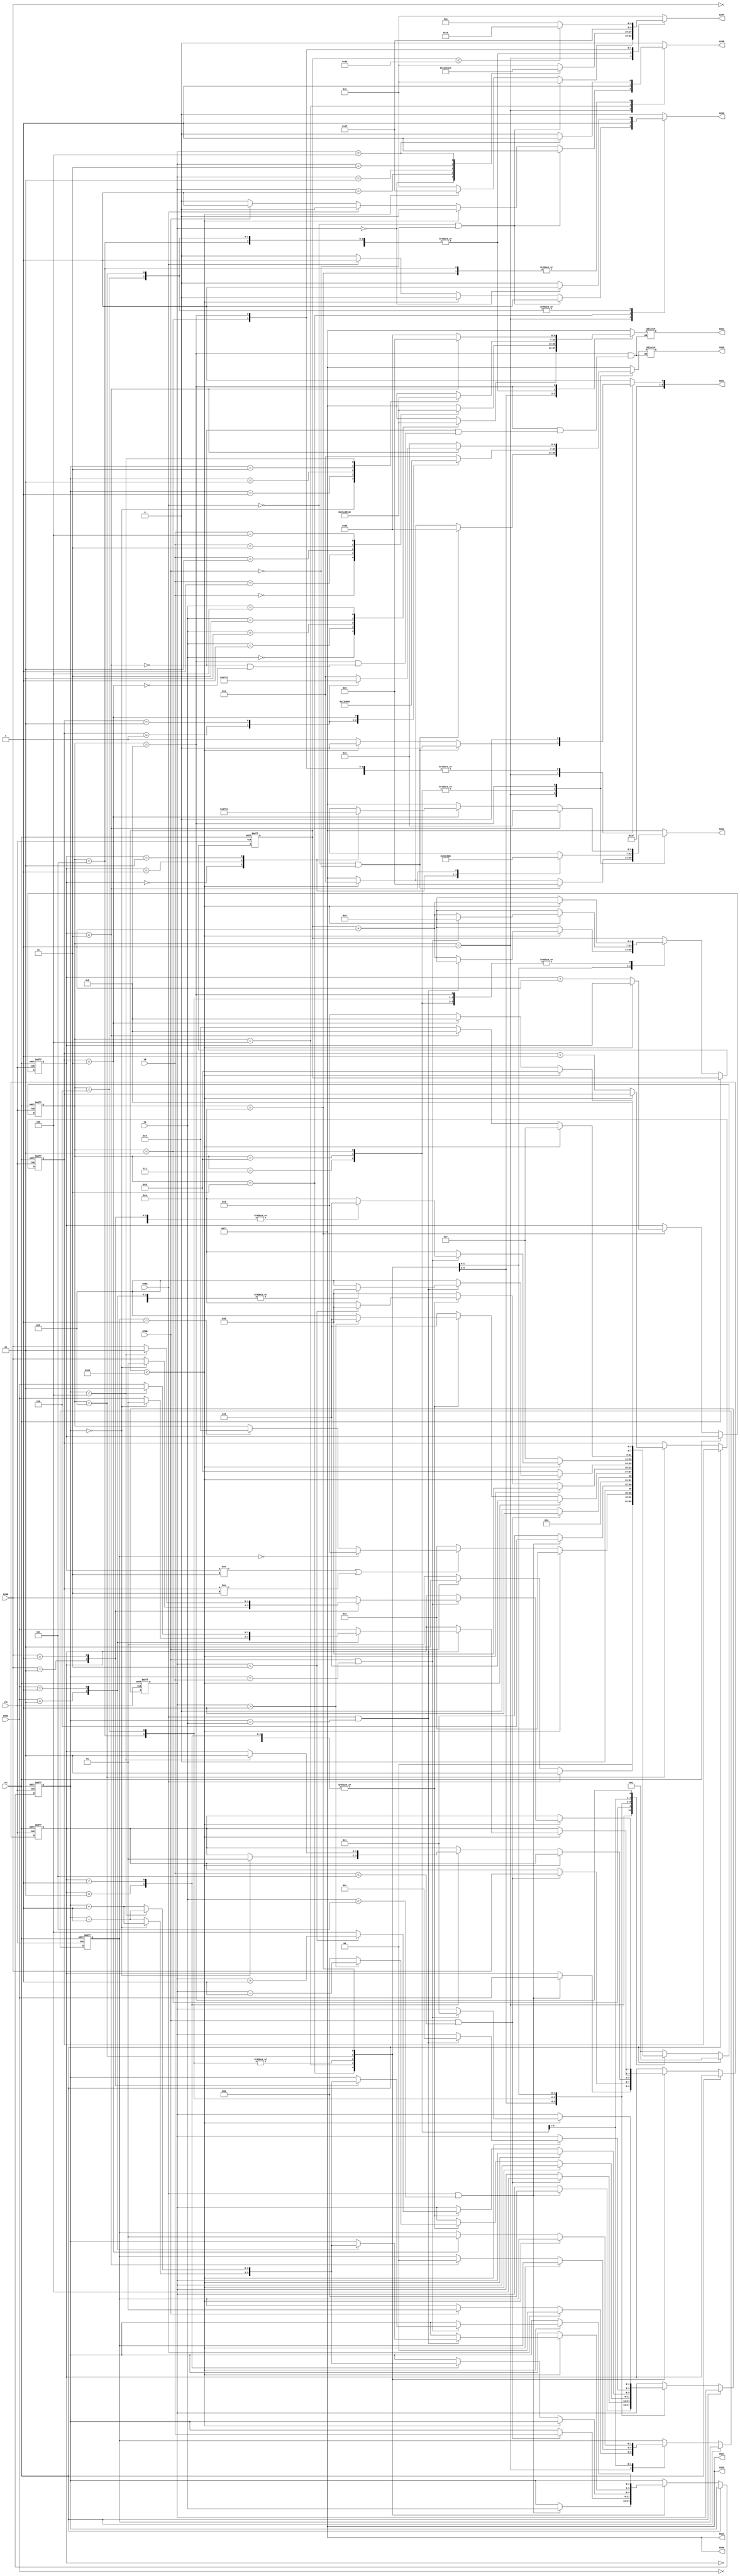
module hockey(

    input clk,
    input rst,
    
    input BTNA,
    input BTNB,
    
    input [1:0] DIRA,
    input [1:0] DIRB,
    
    input [2:0] YA,
    input [2:0] YB,
   
    output reg LEDA,
    output reg LEDB,
    output reg [4:0] LEDX,
    
    output reg [6:0] SSD7,
    output reg [6:0] SSD6,
    output reg [6:0] SSD5,
    output reg [6:0] SSD4, 
    output reg [6:0] SSD3,
    output reg [6:0] SSD2,
    output reg [6:0] SSD1,
    output reg [6:0] SSD0   
    
    );
    
    reg[3:0] state;
    reg[1:0] score_A, score_B;
    //reg[2:0] display_A, display_B;
    reg[1:0] dirY;
    // Other internal signals and variables
    reg [1:0] turn;  // 0: Player A's turn, 1: Player B's turn
    reg [6:0] timer;
    reg [2:0] X_COORD, Y_COORD;


    parameter IDLE_STATE = 4'b0001;
    parameter DISPLAY_SCORE = 4'b0010;
    parameter HIT_A = 4'b0011;
    parameter HIT_B = 4'b0100;
    parameter SEND_A = 4'b0101;
    parameter SEND_B = 4'b0110;
    parameter GOAL_A = 4'b0111;
    parameter GOAL_B = 4'b1000;
    parameter RESP_A = 4'b1001;
    parameter RESP_B = 4'b1010;
    parameter END_STATE = 4'b1011;

    // you may use additional always blocks or drive SSDs and LEDs in one always block
    // for state machine and memory elements 
    always @(posedge clk or posedge rst)
    begin
        
            if (rst)
            begin
              state <= IDLE_STATE;
              turn <= 0;
              timer <= 7'b0000000;
              X_COORD <= 3'b000;
              Y_COORD <= 3'b000;
              score_A <= 2'b00;
              score_B <= 2'b00;
              dirY <= 2'b00;
            end
            else begin
            if (rst) begin
                // Initialization code goes here
                state <= IDLE_STATE;
            end else begin
                // State transition logic goes here
                case (state)
                    IDLE_STATE: begin
                        // Handle idle state actions
                        // Check for button presses and transition to respective player's turn
                        if (BTNA) begin
                            turn <= 0;
                            state <= DISPLAY_SCORE;
                           
                        end else if (BTNB) begin
                            turn = 1;
                            state <= DISPLAY_SCORE;
                           
                        end else begin
                            // Stay in idle state
                            state <= IDLE_STATE;
                        end
        
                    end
        
           
        
                    DISPLAY_SCORE: begin
                      if(timer < 100) begin 
                        timer <= timer + 1;
                        state <= DISPLAY_SCORE;
                      end else begin
                        timer <= 7'b0000000;
                        if(score_A != 3 || score_B != 3) begin
                          if (turn == 0 ) begin
                            state <= HIT_A;
                          end else if (turn == 1) begin 
                            state <= HIT_B;
                        end
                        end else begin
                          state <= DISPLAY_SCORE;
                        end
                      end
                    end
            
        
                    HIT_A: begin
                      if (BTNA && YA < 3'b101) begin
                        // Set puck coordinates and direction
                        X_COORD <= 3'b000;
                        Y_COORD <= YA;
                        dirY <= DIRA;  // Direction is from player A to B
                        state <= SEND_B;  // Transition back to idle state
                        
                      end else begin
                        // Transition back to player A's turn if conditions are not met
                        state <= HIT_A;
                      end
                    end
        
                    HIT_B: begin
                      if (BTNB && YB < 5) begin
                       
                        // Set puck coordinates and direction
                        X_COORD <= 3'b100;
                        Y_COORD <= YB;
                        dirY <= DIRB;  // Direction is from player B to A
                        state <= SEND_A;  // Transition back to idle state
                    end else begin
                        // Transition back to player B's turn if conditions are not met
                        state <= HIT_B;
                        end
                    end
              
                    SEND_A: begin
                        if (timer < 100) begin
                            timer <= timer + 1;
                            state <= SEND_A;
                        end else begin
                          timer <= 7'b0000000;
                            case (dirY)
                              2'b10: begin
                              if (Y_COORD == 0) begin
                                dirY <= 2'b01;
                                Y_COORD <= Y_COORD + 1;
                                if (X_COORD > 1) begin
                                  X_COORD <= X_COORD - 1;
                                  state <= SEND_A;
                                end else begin
                                  X_COORD <= 3'b000;
                                  state <= RESP_A;
                                end
                              end else begin
                                Y_COORD <= Y_COORD - 1;
                                
                                if (X_COORD > 1) begin
                                  X_COORD <= X_COORD - 1;
                                  state <= SEND_A;
                                end else begin
                                  X_COORD <= 3'b000;
                                 
                                  state <= RESP_A;
                                end
                                end
                              end
                              2'b01: begin
                                if (Y_COORD == 4) begin
                                  dirY <= 2'b10;
                                  
                                  Y_COORD <= Y_COORD - 1;
                                  if (X_COORD > 1) begin
                                    
                                    X_COORD <= X_COORD - 1;
                                    state <= SEND_A;
                                  end else begin
                                    X_COORD <= 3'b000;
                                    state <= RESP_A;
                                  end
                              end else begin
                                Y_COORD <= Y_COORD + 1;
                                
                                if (X_COORD > 1) begin
                                  
                                  X_COORD <= X_COORD - 1;
                                  state <= SEND_A;
                                end else begin
                                  X_COORD <= 3'b000;
                                  
                                  state <= RESP_A;
                                end
                                end
                              end
                              2'b00: begin
                              if (X_COORD > 1) begin
                                X_COORD <= X_COORD - 1;
                                state <= SEND_A;
                              end else begin
                                X_COORD <= 3'b000;
                                
                                state <= RESP_A;
                              end
                            end
                            default: 
                            state <= SEND_A;
                            endcase
                        end
                    end
        
                    SEND_B : begin
                      
                        if (timer < 100) begin
                            timer <= timer + 1;
                            state <= SEND_B;
                        end else begin
                          timer <= 7'b0000000;
                            case (dirY)
                            2'b10: begin
                              if (Y_COORD == 0) begin
                                dirY <= 2'b01;
                                Y_COORD <= Y_COORD + 1;
                                if(X_COORD < 3) begin
                                  X_COORD <= X_COORD + 1;
                                  state <= SEND_B;
                                end else begin
                                  X_COORD <= 3'b100;
                                  state <= RESP_B;
                              end 
                            end else begin
                                Y_COORD <= Y_COORD - 1;
                                if(X_COORD < 3) begin
                                  X_COORD <= X_COORD + 1;
        
                                  state <= SEND_B;
                                end else begin
                                  X_COORD <= 3'b100;
                                  state <= RESP_B;
                              end
                            end
                          end
                            2'b01: begin
                              if (Y_COORD == 4) begin
                                dirY <= 2'b10;
                                Y_COORD <= Y_COORD - 1;
                                if(X_COORD < 3) begin
                                  X_COORD <= X_COORD + 1;
                                  state <= SEND_B;
                                end else begin
                                  X_COORD <= 3'b100;
                                  state <= RESP_B;
                              end 
                            end else begin
                                Y_COORD <= Y_COORD + 1;
                                if(X_COORD < 3) begin
                                  X_COORD <= X_COORD + 1;
                                  state <= SEND_B;
                                end else begin
                                  X_COORD <= 3'b100;
                                  state <= RESP_B;
                              end
                            end
                           end 
                          
                            2'b00: begin
                              if(X_COORD < 3) begin
                                X_COORD <= X_COORD + 1;
                                state <= SEND_B;
                              end else begin
                                X_COORD <= 3'b100;
                                state <= RESP_B;
                              end
                            end
                            default: 
                            state <= SEND_B;
                          endcase  
                        end
                    end
        
        
                    RESP_A: begin
                        if(timer < 100) begin
                            if(BTNA && Y_COORD == YA) begin
                              X_COORD <= 1;
                              timer <= 7'b0000000;
                              case (DIRA)
                                2'b10: begin
                                    if (Y_COORD == 0) begin
                                      dirY <= 2'b01;
                                      Y_COORD <= Y_COORD + 1;
                                      state <= SEND_B;
                                    end else begin
                                        dirY <= DIRA;
                                        Y_COORD <= Y_COORD - 1;
                                        state <= SEND_B;
                                    end
                                  end
                                  2'b01: begin
                                    if (Y_COORD == 4) begin
                                      dirY <= 2'b10;
                                      Y_COORD <= Y_COORD - 1;
                                      state <= SEND_B;
                                    end else begin
                                        dirY <= DIRA;
                                        Y_COORD <= Y_COORD + 1;
                                        state <= SEND_B;
                                    end
                                  end
                                  2'b00: begin
                                    dirY <= DIRA;
                                    state <= SEND_B;
                                  end
                                  default: begin
                                  dirY <= DIRA;
                                  state <= RESP_A;
                                  end
                                  
                                endcase
                            end else begin
                                timer <= timer + 1;
                                state <= RESP_A;
                            end
       
                        end else begin
                            timer <= 7'b0000000;
                            score_B <= score_B + 1;
                            state <= GOAL_B;
                        end 
                    end
        
                    RESP_B: begin
                        if(timer < 100) begin
                            
                            if(BTNB && Y_COORD == YB) begin
                              X_COORD <= 3;
                              timer <= 7'b0000000;
                              
                                case (DIRB)
                                2'b10: begin
                                    if (Y_COORD == 0) begin
                                      dirY <= 2'b01;
                                      Y_COORD <= Y_COORD + 1;
                                      state <= SEND_A;
                                    end else begin
                                      dirY <= DIRB;
                                      Y_COORD <= Y_COORD - 1;
                                      state <= SEND_A;
                                    end
                                  end
                                  2'b01: begin //ycord 3 girliyor
                                    if (Y_COORD == 4) begin
                                      dirY <= 2'b10;
                                      Y_COORD <= Y_COORD - 1;
                                      state <= SEND_A;
                                    end else begin
                                        dirY <= DIRB;
                                        Y_COORD <= Y_COORD + 1;
                                        state <= SEND_A;
                                    end
                                  end
                                  2'b00: begin
                                    dirY <= DIRB;
                                    state <= SEND_A;
                                  end
                                  default: begin
                                  dirY <= DIRB;
                                  state <= RESP_B;
                                  end
                                endcase
                            end else begin
                                timer <= timer + 1;
                                state <= RESP_B;
                            end
        
                        end else begin
                            timer <= 7'b0000000;
                            score_A <= score_A + 1; 
                            state <= GOAL_A;
                        end 
                    end
        
                    GOAL_A: begin 
                      
                        if (timer < 100) begin
                            timer <= timer + 1;
                            state <= GOAL_A;
                        end else begin
                            timer <= 7'b0000000;
                            if(score_A == 3) begin
                                turn <= 0;
                                state <= END_STATE;
                            end else begin
                                state <= HIT_B;
                            end
        
                        end
                    end
        
                    GOAL_B: begin
                        if (timer < 100) begin
                            timer <= timer + 1;
                            state <= GOAL_B;
                        end else begin
                            timer <= 7'b0000000;
                            if(score_B == 3) begin
                                turn <= 1;
                                state <= END_STATE;
                            end else begin
                                state <= HIT_A;
                            end
        
                        end
                    end
                    END_STATE: begin
                       
                        if (timer < 100)begin
                            timer <= timer + 1;
                        end
    
    
                        else begin
                            timer = 0;
                        end
    
                        state <= END_STATE;
                    end
    
                    default:
                    begin
                        state <= IDLE_STATE;
                    end
                endcase
              end
            end
          end
    


    // for SSDs
    always @ (*)
   begin
        
        case(state)
        IDLE_STATE: begin // en bastaki 0-0  sonra da onu silip y coord displayleme 
            
            //SSD0 = 7'b1111111;//B
            //SSD1 = 7'b1111111;//dash
            //SSD2 = 7'b1111111;//A
            SSD3 = 7'b1111111;
            SSD4 = 7'b1111111; // sfr
            SSD5 = 7'b1111111;
            SSD6 = 7'b1111111;
            SSD7 = 7'b1111111;
            if((BTNA ==0) & (BTNB==0)) begin
               SSD0 = 7'b1100000;//B
               SSD1 = 7'b1111110;//dash
               SSD2 = 7'b0001000;//A
               //SSD3 = 7'b1111111;
               //SSD4 = 7'b1111111; // sfr
               //SSD5 = 7'b1111111;
               //SSD6 = 7'b1111111;
               //SSD7 = 7'b1111111;
               
            end else begin // burda hangi butona basldysa onun ledi yanacak
                if (timer < 100 )begin //2 saniye 100 oluyo
                  SSD0 = 7'b0000001; //0
                  SSD1 = 7'b1111110; // tire
                  SSD2 = 7'b0000001; //0
                  //SSD3 = 7'b1111111; //kapali
                  //SSD4 = 7'b1111111;
                  //SSD5 = 7'b1111111;
                  //SSD6 = 7'b1111111;
                  //SSD7 = 7'b1111111;
                  end else begin
                      SSD0 = 7'b1111111; //0
                      SSD1 = 7'b1111111; // tire
                      SSD2 = 7'b1111111; //0
                      //SSD3 = 7'b1111111; //kapali
                      //SSD4 = 7'b1111111;
                      //SSD5 = 7'b1111111;
                      //SSD6 = 7'b1111111;
                      //SSD7 = 7'b1111111;
                end
          end
        end
        
        DISPLAY_SCORE: begin
          
          SSD1 = 7'b1111110;
          SSD3 = 7'b1111111;
          SSD4 = 7'b1111111; 
          SSD5 = 7'b1111111;
          SSD6 = 7'b1111111;
          SSD7 = 7'b1111111;
         case(score_A) 
         2'b00: SSD2 = 7'b0000001;
         2'b01: SSD2 = 7'b1001111;
         2'b10: SSD2 = 7'b0010010;
         2'b11: SSD2 = 7'b0000110;
         default: SSD2 = 7'b1111111;
         endcase
         
         case(score_B)
         2'b00: SSD0 = 7'b0000001; // 0
         2'b01: SSD0 = 7'b1001111; // 1
         2'b10: SSD0 = 7'b0010010; // 2
         2'b11: SSD0 = 7'b0000110; // 3
         default: SSD0 = 7'b1111111;
         endcase
        end
        
    HIT_A:
    begin
      SSD0 = 7'b1111111; //0- yaniyo 1-yanmiyo
      SSD1 = 7'b1111111;
      SSD2 = 7'b1111111;
      SSD3 = 7'b1111111;
      SSD5 = 7'b1111111;
      SSD6 = 7'b1111111;
      SSD7 = 7'b1111111;

      case (YA)
        3'b000: SSD4 = 7'b0000001;
        3'b001: SSD4 = 7'b1001111; // 1
        3'b010: SSD4 = 7'b0010010; // 2
        3'b011: SSD4 = 7'b0000110; // 3
        3'b100: SSD4 = 7'b1001100; //4
        default: SSD4 = 7'b1111111;
      endcase
        
    end
    
    HIT_B:
    begin
      SSD0 = 7'b1111111; //0- yaniyo 1-yanmiyo
      SSD1 = 7'b1111111;
      SSD2 = 7'b1111111;
      SSD3 = 7'b1111111;
      SSD5 = 7'b1111111;
      SSD6 = 7'b1111111;
      SSD7 = 7'b1111111;

      case (YB)
        3'b000: SSD4 = 7'b0000001;
        3'b001: SSD4 = 7'b1001111; // 1
        3'b010: SSD4 = 7'b0010010; // 2
        3'b011: SSD4 = 7'b0000110; // 3
        3'b100: SSD4 = 7'b1001100; //4
        default: SSD4 = 7'b1111111;
      endcase
    end 
    
        SEND_A: begin
          SSD0 = 7'b1111111; //0- yaniyo 1-yanmiyo
          SSD1 = 7'b1111111;
          SSD2 = 7'b1111111;
          SSD3 = 7'b1111111;
          SSD5 = 7'b1111111;
          SSD6 = 7'b1111111;
          SSD7 = 7'b1111111;
          case(Y_COORD) 
          3'b000: SSD4 = 7'b0000001; 
          3'b001: SSD4 = 7'b1001111;
          3'b010: SSD4 = 7'b0010010; 
          3'b011: SSD4 = 7'b0000110; 
          3'b100: SSD4 = 7'b1001100; 
          default:  SSD4 = 7'b1111111; 
          endcase
        end
        SEND_B: begin
          SSD0 = 7'b1111111; //0- yaniyo 1-yanmiyo
          SSD1 = 7'b1111111;
          SSD2 = 7'b1111111;
          SSD3 = 7'b1111111;
          SSD5 = 7'b1111111;
          SSD6 = 7'b1111111;
          SSD7 = 7'b1111111;
          case(Y_COORD) 
          3'b000: SSD4 = 7'b0000001; 
          3'b001: SSD4 = 7'b1001111;
          3'b010: SSD4 = 7'b0010010; 
          3'b011: SSD4 = 7'b0000110; 
          3'b100: SSD4 = 7'b1001100; 
          default:  SSD4 = 7'b1111111; 
          
          endcase
        end
        RESP_A: begin
          SSD0 = 7'b1111111; //0- yaniyo 1-yanmiyo
          SSD1 = 7'b1111111;
          SSD2 = 7'b1111111;
          SSD3 = 7'b1111111;
          SSD5 = 7'b1111111;
          SSD6 = 7'b1111111;
          SSD7 = 7'b1111111;
          case(Y_COORD) 
          3'b000: SSD4 = 7'b0000001; 
          3'b001: SSD4 = 7'b1001111; 
          3'b010: SSD4 = 7'b0010010; 
          3'b011: SSD4 = 7'b0000110; 
          3'b100: SSD4 = 7'b1001100; 
          default:  SSD4 = 7'b1111111; 
          endcase
        end

        RESP_B: begin
          SSD0 = 7'b1111111; //0- yaniyo 1-yanmiyo
          SSD1 = 7'b1111111;
          SSD2 = 7'b1111111;
          SSD3 = 7'b1111111;
          SSD5 = 7'b1111111;
          SSD6 = 7'b1111111;
          SSD7 = 7'b1111111;
          
          case(Y_COORD) 
          3'b000: SSD4 = 7'b0000001; 
          3'b001: SSD4 = 7'b1001111; 
          3'b010: SSD4 = 7'b0010010; 
          3'b011: SSD4 = 7'b0000110; 
          3'b100: SSD4 = 7'b1001100; 
          default:  SSD4 = 7'b1111111; 
          endcase
        end

        GOAL_A: begin
        SSD1 = 7'b1111110; // dash
        SSD3 = 7'b1111111;
        SSD4 = 7'b1111111;
        SSD5 = 7'b1111111;
        SSD6 = 7'b1111111;
        SSD7 = 7'b1111111;
        case(score_A)
             2'b00: SSD2 = 7'b0000001;
             2'b01: SSD2 = 7'b1001111;
             2'b10: SSD2 = 7'b0010010;
             2'b11: SSD2 = 7'b0000110;
             default: SSD2 = 7'b1111111;
        endcase
        case(score_B)
             2'b00: SSD0 = 7'b0000001;
             2'b01: SSD0 = 7'b1001111;
             2'b10: SSD0 = 7'b0010010;
             2'b11: SSD0 = 7'b0000110;
             default: SSD0 = 7'b1111111;
        endcase
        end
        
        GOAL_B: begin
        SSD1 = 7'b1111110; // dash
        SSD3 = 7'b1111111;
        SSD4 = 7'b1111111;
        SSD5 = 7'b1111111;
        SSD6 = 7'b1111111;
        SSD7 = 7'b1111111;

        case(score_A)
             2'b00: SSD2 = 7'b0000001;
             2'b01: SSD2 = 7'b1001111;
             2'b10: SSD2 = 7'b0010010;
             2'b11: SSD2 = 7'b0000110;
             default: SSD2 = 7'b1111111;
        endcase
        case(score_B)
             2'b00: SSD0 = 7'b0000001;
             2'b01: SSD0 = 7'b1001111;
             2'b10: SSD0 = 7'b0010010;
             2'b11: SSD0 = 7'b0000110;
             default: SSD0 = 7'b1111111;
        endcase
        end
        
        
        END_STATE: begin
          SSD3 = 7'b1111111;
          SSD5 = 7'b1111111;
          SSD6 = 7'b1111111;
          SSD7 = 7'b1111111;
          if(score_A == 3) begin
            SSD4 = 7'b0001000;
            SSD2 = 7'b0000110;
            SSD1 = 7'b1111110;
            case(score_B)
              2'b00 : SSD0 = 7'b0000001;
              2'b01 : SSD0 = 7'b1001111;
              2'b10 : SSD0 = 7'b0010001;
              2'b11 : SSD0 = 7'b0000001;
              default: SSD0 = 7'b1111111;
            endcase
          end 
          else if(score_B == 3) begin
            SSD4 = 7'b1100000;
            SSD0 = 7'b0000110;
            SSD1 = 7'b1111110; //  -
            case(score_A)
              2'b00 : SSD2 = 7'b0000001;
              2'b01 : SSD2 = 7'b1001111;
              2'b10 : SSD2 = 7'b0010001;
              2'b11 : SSD2 = 7'b0000001;
              default: SSD2 = 7'b1111111;
            endcase   
        end 
        else begin
        SSD1 = 7'b1111110;
        SSD2 = 7'b1111111;
        end
      end 
      default:
      begin
          SSD0 = 7'b1111111; //0- yaniyo 1-yanmiyo
          SSD1 = 7'b1111111;
          SSD2 = 7'b1111111;
          SSD3 = 7'b1111111;
          SSD4 = 7'b1111111;
          SSD5 = 7'b1111111;
          SSD6 = 7'b1111111;
          SSD7 = 7'b1111111;
        
      end
      endcase
      
   end
      




// for LEDs
  always @ (*)
  begin
      // Reset or initialize LED-related signals and variables here
      LEDA = 1'b0; //0 ve 15 urdakiler
      LEDB = 1'b0;
      LEDX = 5'b00000;

    case (state)
      IDLE_STATE: begin
        if(BTNA ==0 && BTNB==0)begin
            LEDA = 1'b1; //0 ve 15 urdakiler
            LEDB = 1'b1;
            LEDX = 5'b00000; 
        end
        else begin
            if (timer < 100 )begin
                LEDX = 5'b11111; //tum ledler acik 2 sn boyunca
                //SSD 0 olarak y coord g?stericek!!!!!!!
                LEDA = 1'b0; //0 ve 15 urdakiler        
                LEDB = 1'b0; //kapatiyoruz
            end
            else begin
                LEDX = 5'b00000; //SSD de skor kapat
           
                if (BTNA ==1)begin
                    LEDA = 1'b1; //0 ve 15 surdakiler        
                    LEDB = 1'b0; //kapatiyoruz
                end
                else if (BTNB==1) begin
                    LEDB = 1'b1;
                    LEDA = 1'b0; //0 ve 15 urdakiler               
                end
                else begin
                LEDA = 1'b0;
                LEDB = 1'b0;
                LEDX = 1'b0;
                end
            end   
        end  
      end

    HIT_A:
    begin
        LEDA = 1'b1; //0 ve 15 surdakiler        
        LEDB = 1'b0; //kapatiyoruz
        LEDX = 5'b00000;
    end
    
    HIT_B:
    begin
        LEDB = 1'b1;
        LEDA = 1'b0; //0 ve 15 urdakiler
        LEDX = 5'b00000;
    end 
    
    SEND_A:

    begin
      LEDA = 0;
        // LED logic for HIT_A state
      case (X_COORD)
      3'b000: LEDX = 5'b10000; // LD9
      3'b001: LEDX = 5'b01000; // LD8
      3'b010: LEDX = 5'b00100; // LD7
      3'b011: LEDX = 5'b00010; // LD6
      3'b100: LEDX = 5'b00001; // LD5
      default: LEDX = 5'b00000; // Turn off all LEDs for unknown X-coordinates
      endcase
      if (X_COORD == 4 )begin
          LEDB = 1;
          LEDA = 0;
      end else begin
      LEDA = 1'b0;
      LEDB = 1'b0;
      end
    end
    
    SEND_B:
    begin
     LEDB = 0;
        // LED logic for HIT_A state
        case (X_COORD)
            3'b000: LEDX = 5'b10000; // LD9
            3'b001: LEDX = 5'b01000; // LD8
            3'b010: LEDX = 5'b00100; // LD7
            3'b011: LEDX = 5'b00010; // LD6
            3'b100: LEDX = 5'b00001; // LD5
            default: LEDX = 5'b00000; // Turn off all LEDs for unknown X-coordinates
        endcase
        if (X_COORD == 0 )begin
            LEDA = 1 ;
            LEDB =0;
        end else begin
        LEDA = 0;
        LEDB = 0;
        end
            
    end

    RESP_A: begin
      case(X_COORD) 
      3'b000: LEDX = 5'b10000; // LD9
          3'b001: LEDX = 5'b01000; // LD8
          3'b010: LEDX = 5'b00100; // LD7
          3'b011: LEDX = 5'b00010; // LD6
          3'b100: LEDX = 5'b00001; // LD5
          default: LEDX = 5'b00000; // Turn off all LEDs for unknown X-coordinates
      endcase
      if(X_COORD == 0) begin
        LEDB = 1'b0;
        LEDA = 1'b1;
       end else begin
       LEDA = 1'b0;
       LEDB = 1'b0;
       end
    
    end

    RESP_B: begin
      case(X_COORD) 
      3'b000: LEDX = 5'b10000; // LD9
          3'b001: LEDX = 5'b01000; // LD8
          3'b010: LEDX = 5'b00100; // LD7
          3'b011: LEDX = 5'b00010; // LD6
          3'b100: LEDX = 5'b00001; // LD5
          default: LEDX = 5'b00000; // Turn off all LEDs for unknown X-coordinates
      endcase
      if( X_COORD == 4) begin
        LEDB = 1'b1;
        LEDA = 1'b0;
        end else begin
        LEDA = 1'b0;
        LEDB = 1'b0;
        end
       end

    DISPLAY_SCORE: begin
      LEDX = 5'b11111;
    end

    END_STATE: begin
      
           
        LEDA=0;
        LEDB=0;
        if (timer < 50)begin
            LEDX = 5'b10101;
        end
        else begin
            LEDX = 5'b01010;
        end
      end
       
       
    
    default: begin
        LEDA = 0;
        LEDB = 0;
        LEDX = 5'b00000;
    end
    
  
   endcase 
   end
  
    
endmodule